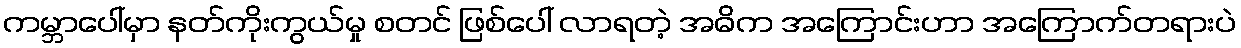
ကမ္ဘာပေါ်မှာ နတ်ကိုးကွယ်မှု စတင် ဖြစ်ပေါ် လာရတဲ့ အဓိက အကြောင်းဟာ အကြောက်တရားပဲ